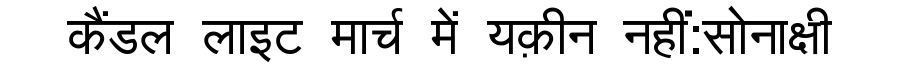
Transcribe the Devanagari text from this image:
कैंडल लाइट मार्च में यक़ीन नहीं:सोनाक्षी